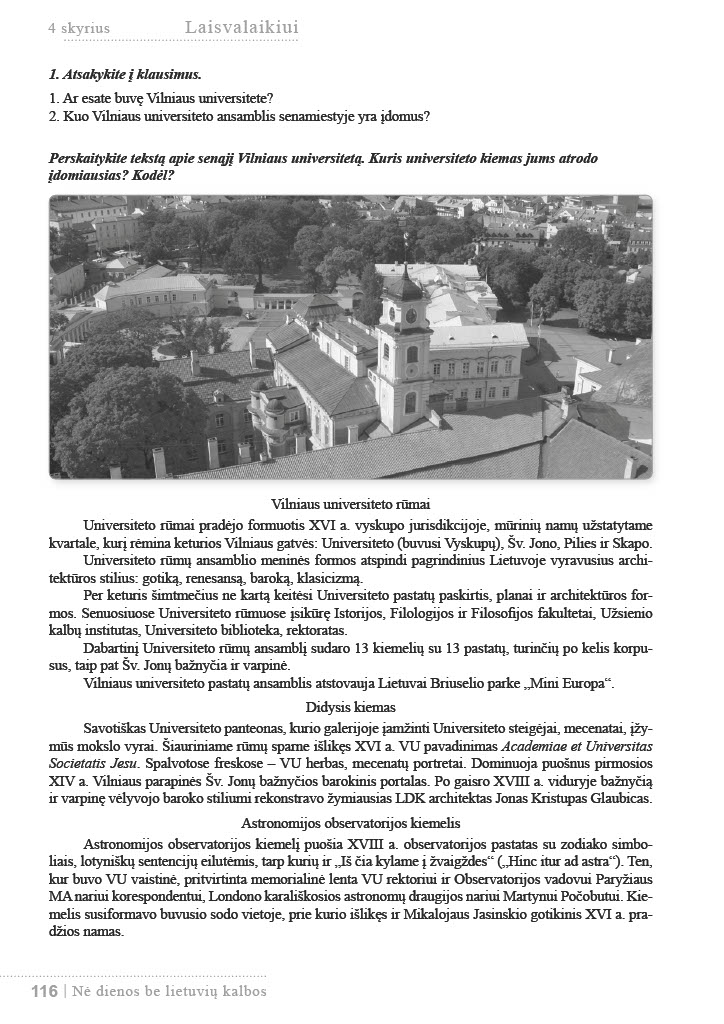
Language: lt